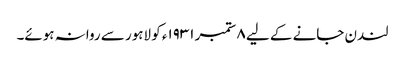
لندن جانے کے لیے ٨ ستمبر ١٩٣١ء کو لاہور سے روانہ ہوئے۔